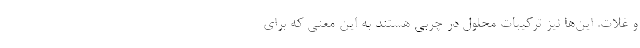
و غلات. این‌ها نیز ترکیبات محلول در چربی هستند به‌ این‌ معنی که برای